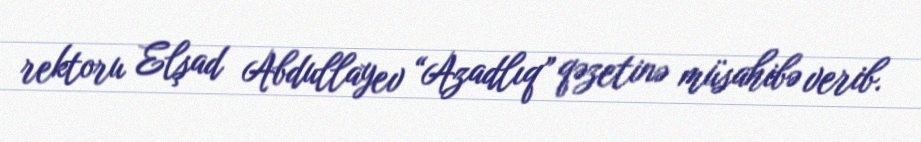
rektoru Elşad Abdullayev “Azadlıq” qəzetinə müsahibə verib.